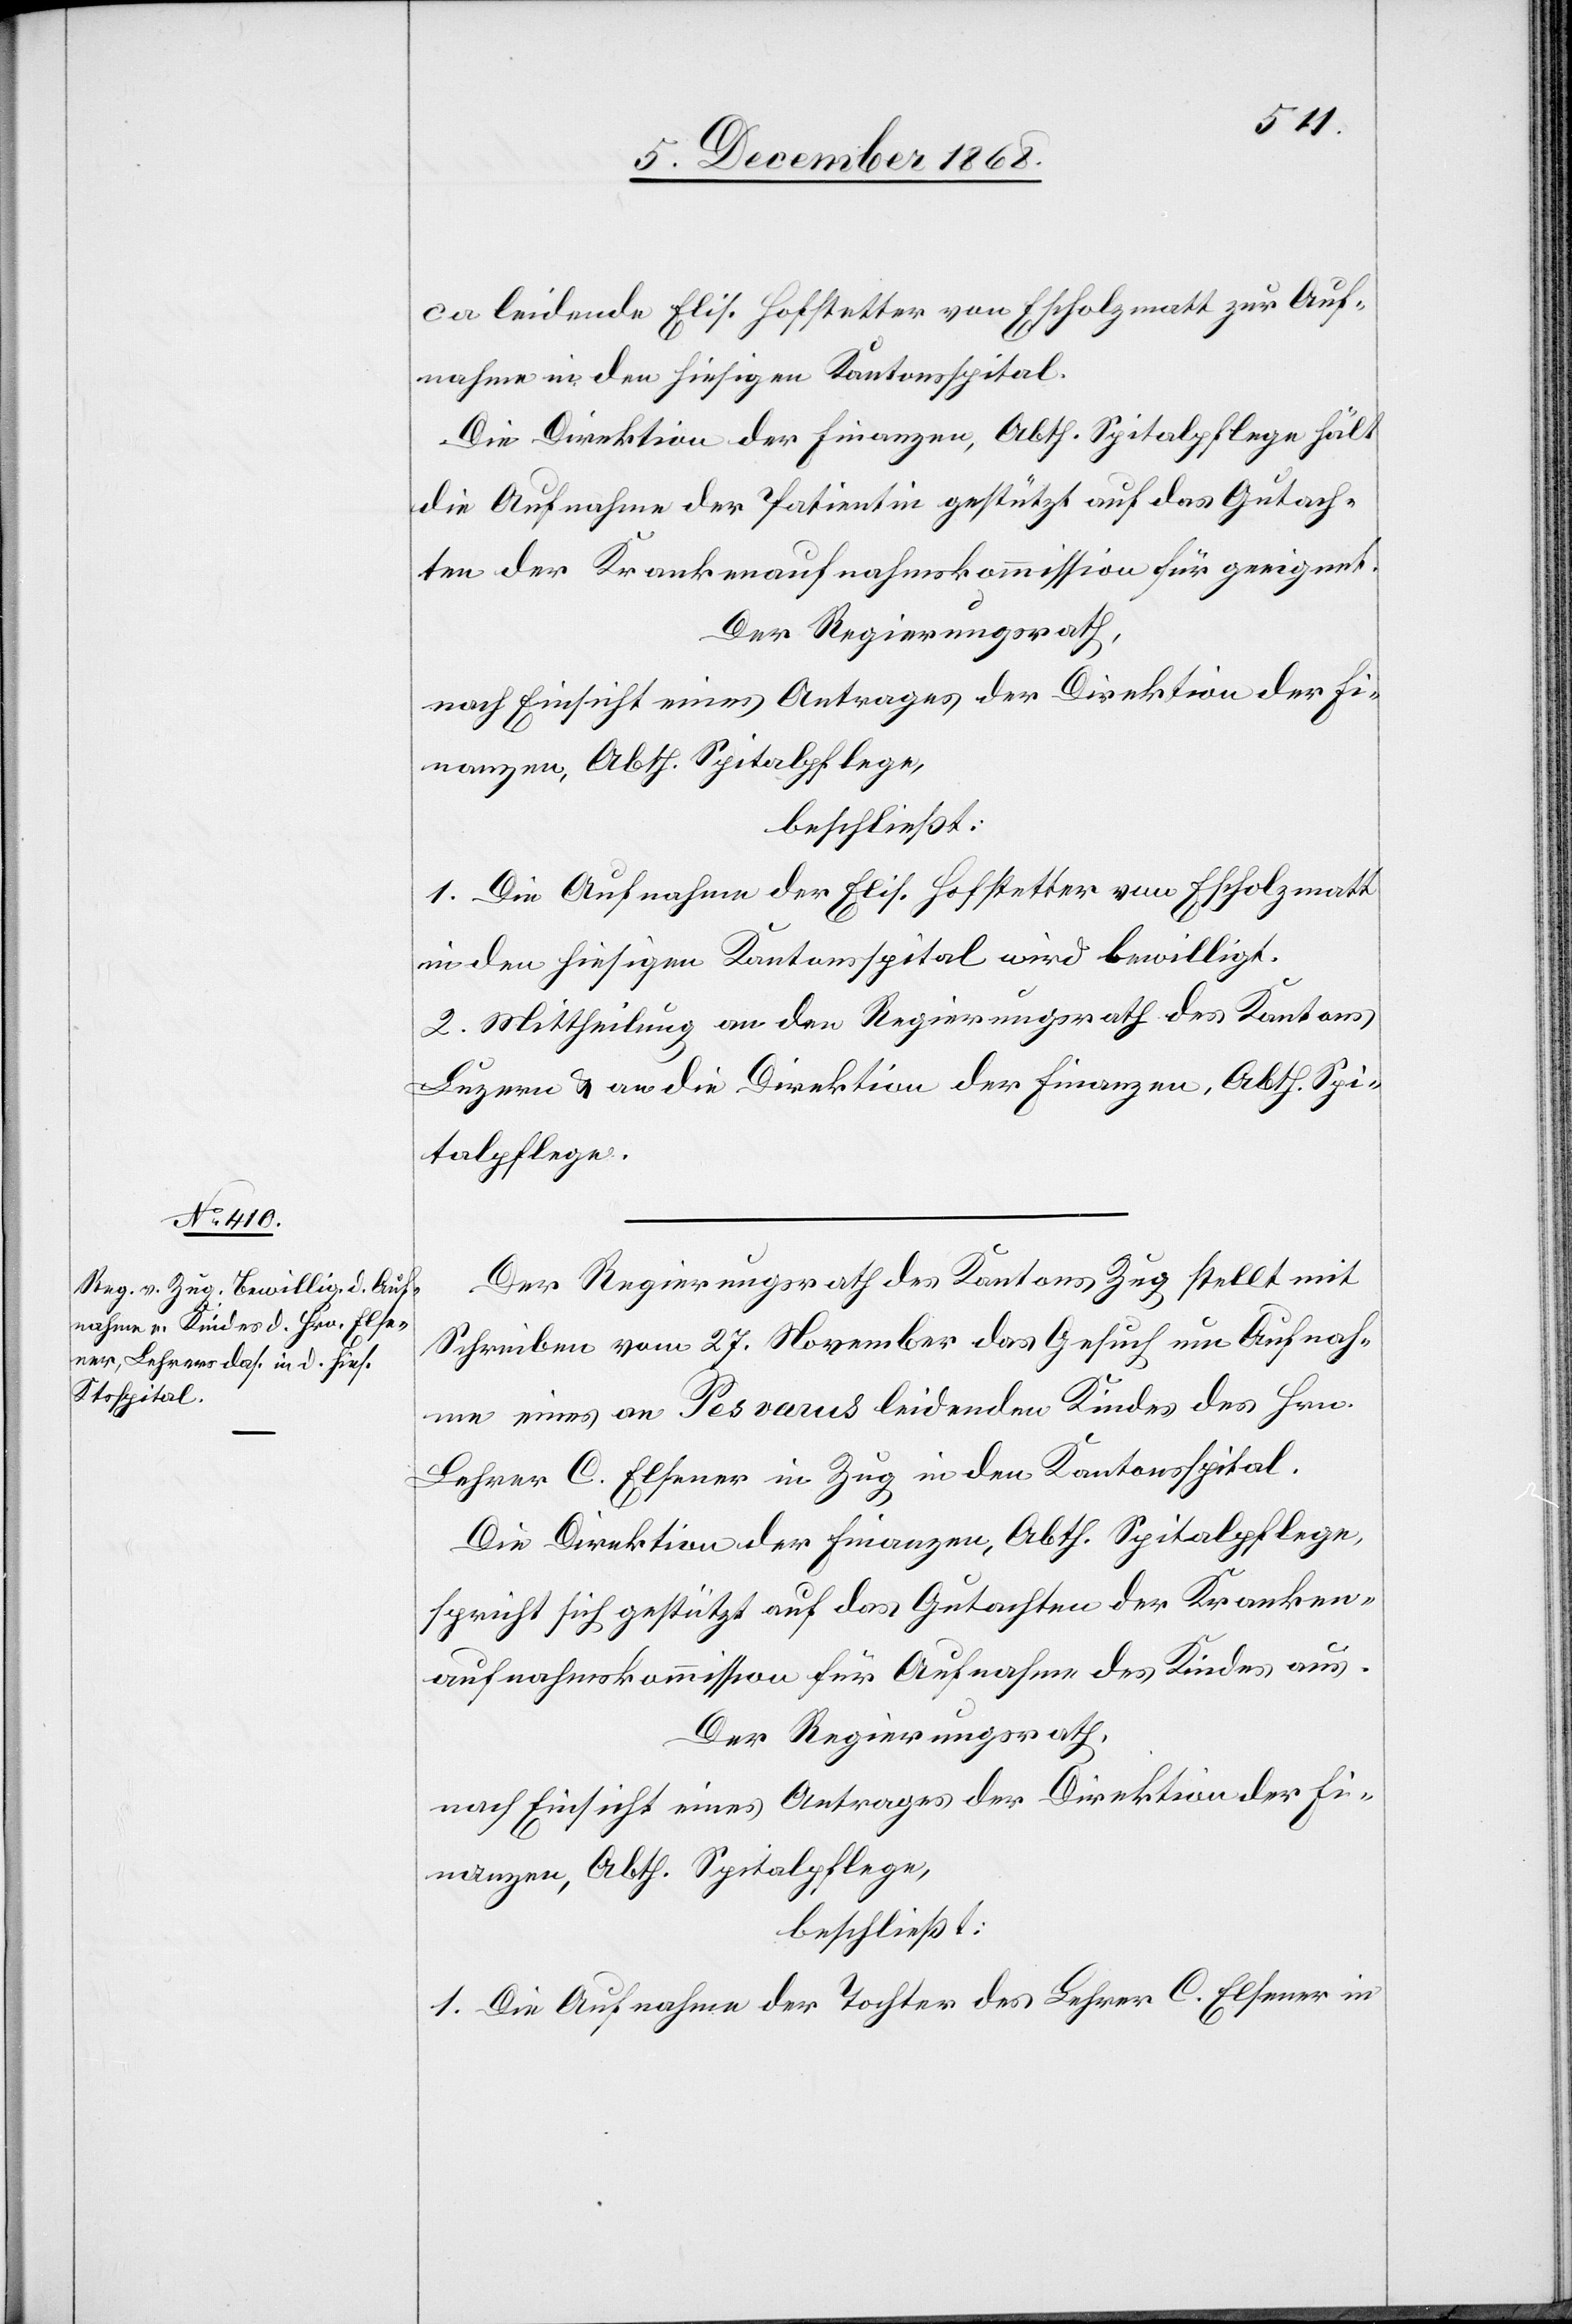
ca leidende Elis. Hofstetter von Escholzmatt zur Auf¬
nahme in den hiesigen Kantonsspital.
Die Direktion der Finanzen, Abth. Spitalpflege hält
die Aufnahme der Patientin gestützt auf das Gutach¬
ten der Krankenaufnahmskommission für geeignet.
Der Regierungsrath,
nach Einsicht eines Antrages der Direktion der Fi¬
nanzen, Abth. Spitalpflege,
beschließt:
1. Die Aufnahme der Elis. Hofstetter von Escholzmatt
in den hiesigen Kantonsspital wird bewilligt.
2. Mittheilung an den Regierungsrath des Kantons
Luzern & an die Direktion der Finanzen, Abth. Spi¬
talpflege.
Der Regierungsrath des Kantons Zug stellt mit
Schreiben vom 27. November das Gesuch um Aufnah¬
me eines an Pes varus leidenden Kindes des Hrn.
Lehrer C. Elsener in Zug in den Kantonsspital.
Die Direktion der Finanzen, Abth. Spitalpflege,
spricht sich gestützt auf das Gutachten der Kranken¬
aufnahmskommission für Aufnahme des Kindes aus.
Der Regierungsrath,
nach Einsicht eines Antrages der Direktion der Fi¬
nanzen, Abth. Spitalpflege,
beschließt:
1. Die Aufnahme der Tochter des Lehrer C. Elsener in